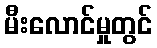
မီးလောင်မှုတွင်